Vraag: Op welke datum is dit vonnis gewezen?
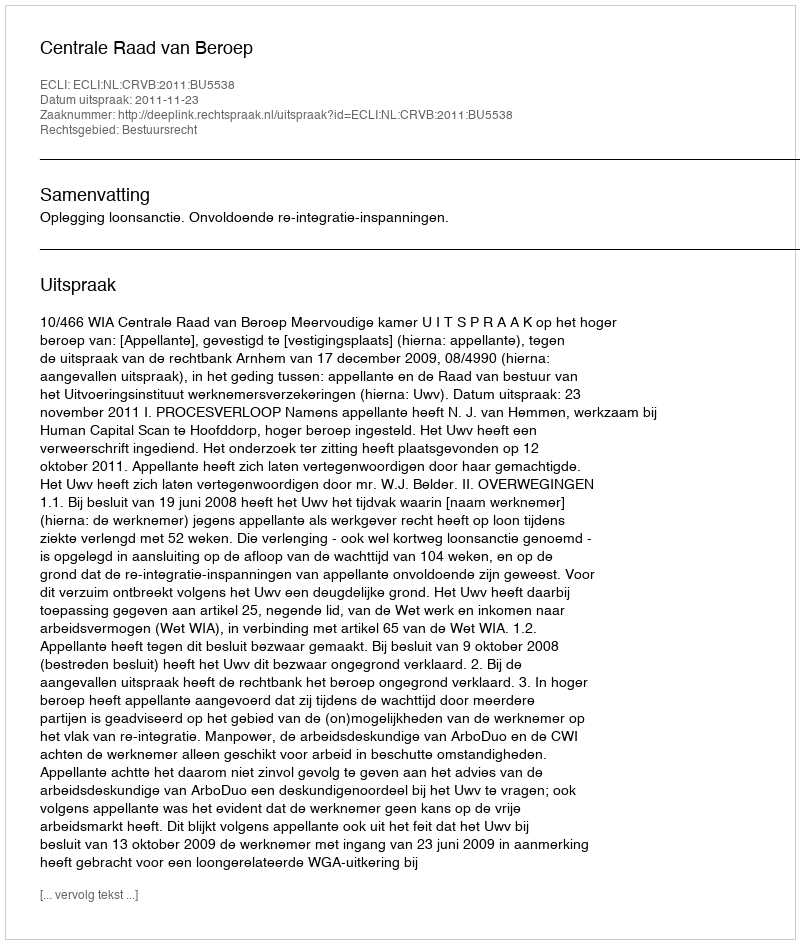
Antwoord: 2011-11-23